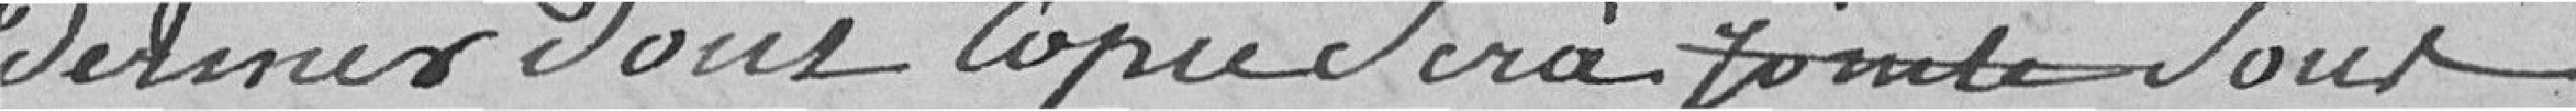
dernier dont copie sera jointe sous